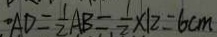
\cdot A D = \frac { 1 } { 2 } A B = \frac { 1 } { 2 } \times 1 2 = 6 c m